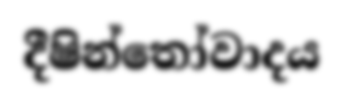
දීෂින්තෝවාදය